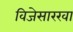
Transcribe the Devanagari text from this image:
विजेसारखा